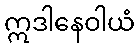
ဣဒါနေဝါယံ